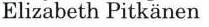
Elizabeth Pitkänen